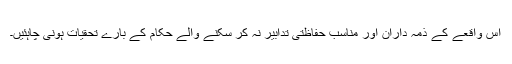
اس واقعے کے ذمہ داران اور مناسب حفاظتی تدابیر نہ کر سکنے والے حکام کے بارے تحقیات ہونی چاہئیں۔